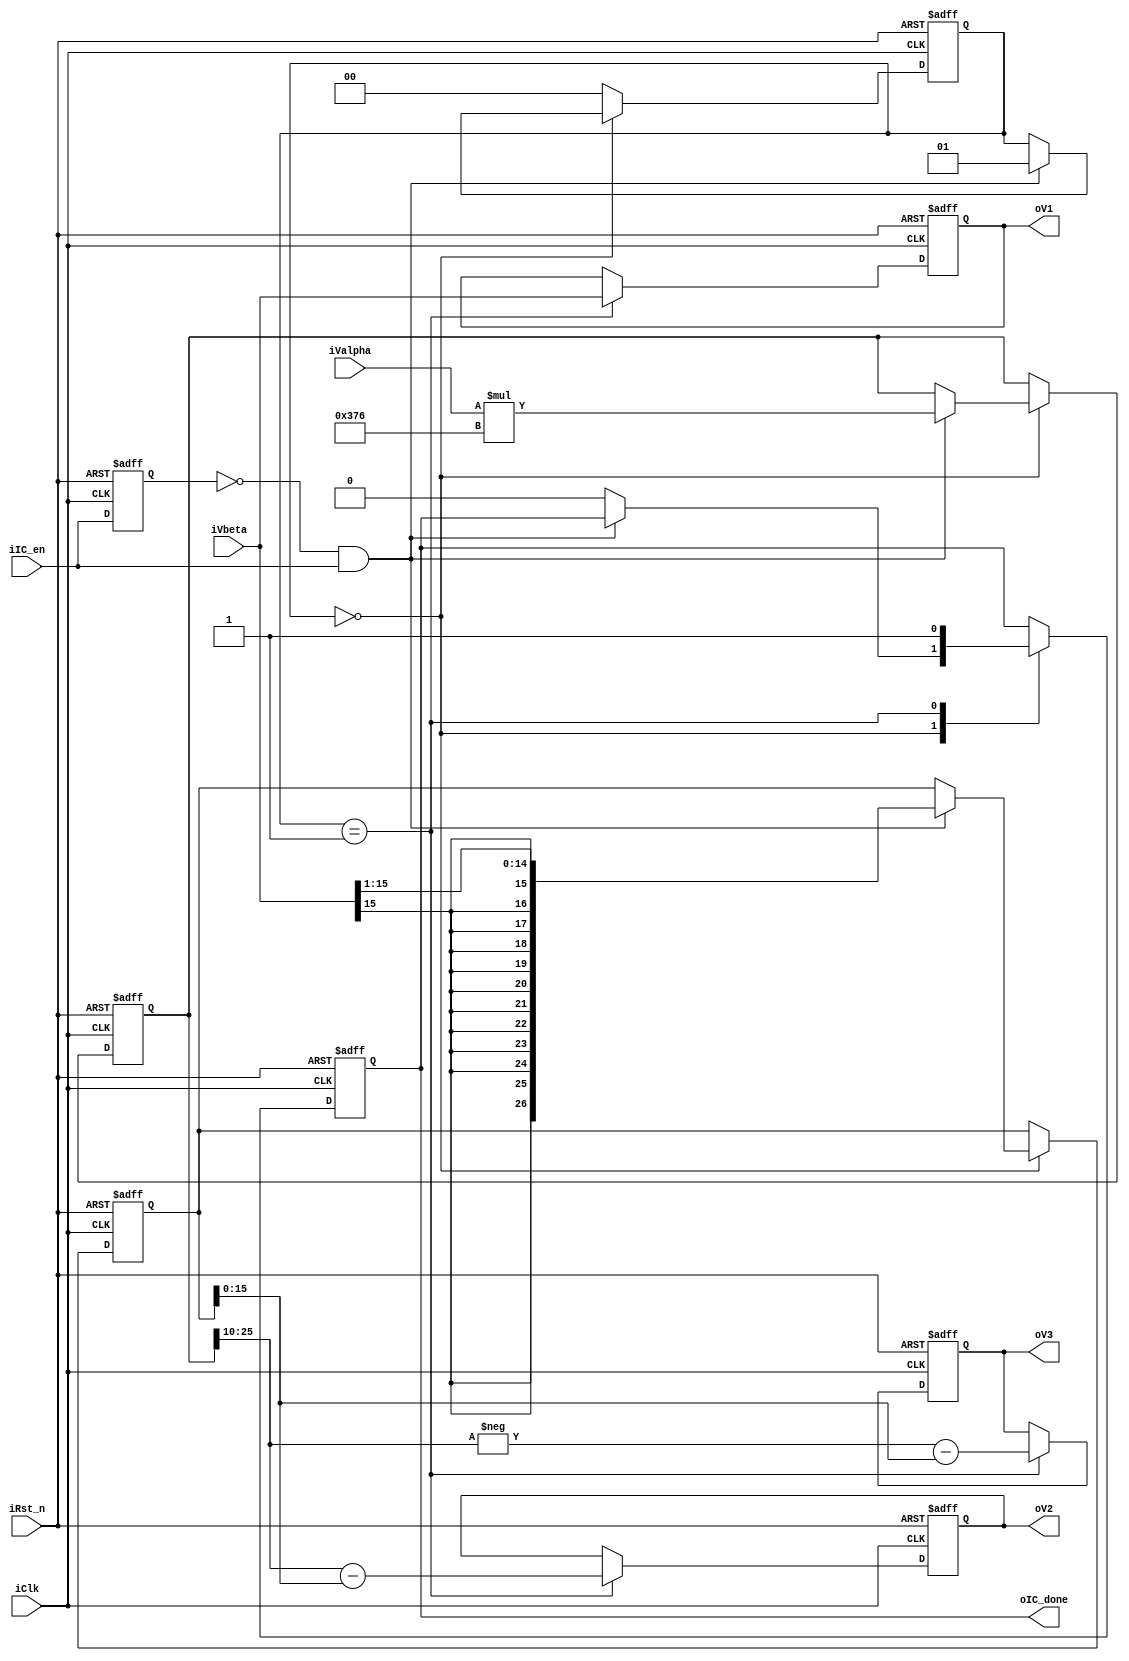
module Inv_Clark(
    iClk,
    iRst_n,
    iIC_en,
    iValpha,
    iVbeta,
    oV1,
    oV2,
    oV3,
    oIC_done
);
    input wire iClk;
    input wire iRst_n;
    input wire iIC_en;
    input wire signed [15:0] iValpha,iVbeta;
    output reg signed [15:0] oV1,oV2,oV3;
    output reg oIC_done;

    localparam num_sqrt3_2 = 10'd886;   //sqrt(3)/2 * (2^10-1)

    localparam S0 = 2'd0;
    localparam S1 = 2'd1;
    localparam S2 = 2'd2;

    reg nic_en_pre_state;
    reg [1:0] nstate;
    reg signed [26:0] ncalout_1,ncalout_2;

    always @(posedge iClk or negedge iRst_n) begin
        if(!iRst_n) begin
            nic_en_pre_state <= 1'b0;
        end
        else begin
            nic_en_pre_state <= iIC_en;
        end
    end

    always @(posedge iClk or negedge iRst_n) begin
        if(!iRst_n) begin
            ncalout_1 <= 27'd0;
            ncalout_2 <= 27'd0;
            nstate <= S0;
            oIC_done <= 1'b0;
            oV1 <= 16'd0;
            oV2 <= 16'd0;
            oV3 <= 16'd0;
        end
        else begin
            case (nstate)
                S0: begin
                    if((!nic_en_pre_state) & iIC_en) begin
                        ncalout_1 <= iValpha * $signed({{1'b0},num_sqrt3_2});
                        ncalout_2 <= iVbeta>>>1;
                        nstate <= S1;
                    end
                    else begin
                        nstate <=nstate;
                        oIC_done <= 1'b0;
                    end
                end
                S1: begin
                    nstate <= S0;
                    oV1 <= iVbeta;
                    oV2 <= $signed(ncalout_1[25:10]) - $signed(ncalout_2[15:0]);
                    oV3 <= -$signed(ncalout_1[25:10]) - $signed(ncalout_2[15:0]);
                    oIC_done <= 1'b1;
                end 
                default: nstate <=S0;
            endcase 
        end
    end

endmodule